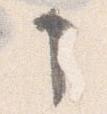
申